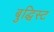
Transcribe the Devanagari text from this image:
बुद्धिस्ट